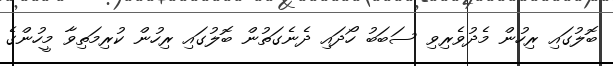
ބޮލުގައި ރިހުން މެދުވެރިވި ސަބަބު ހޯދައި ދެނެގަތުން ބޮލުގައި ރިހުން ކުރިމަތިވާ މީހުންގެ